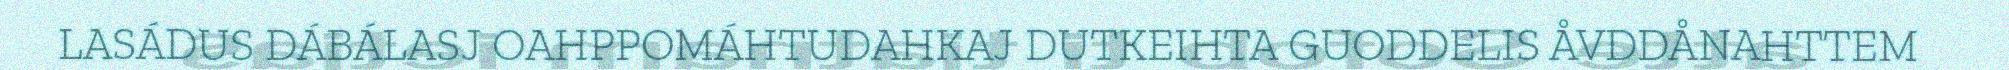
LASÁDUS DÁBÁLASJ OAHPPOMÁHTUDAHKAJ DUTKEIHTA GUODDELIS ÅVDDÅNAHTTEM